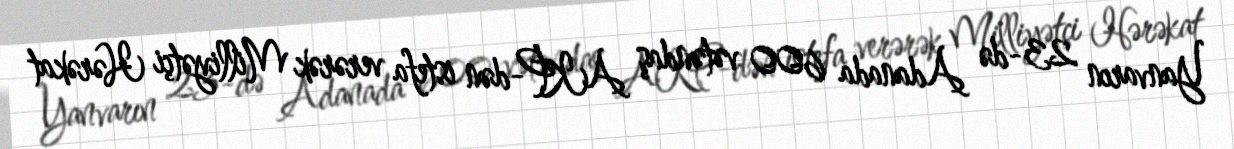
Yanvarın 23-də Adanada 600 vətəndaş AKP-dən istefa verərək Milliyətçi Hərəkat